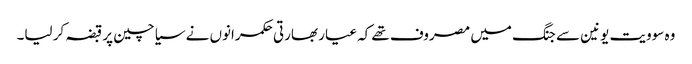
وہ سوویت یونین سے جنگ میں مصروف تھے کہ عیار بھارتی حکمرانوں نے سیاچین پر قبضہ کر لیا۔